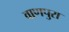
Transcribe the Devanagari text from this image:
वाणपुरा